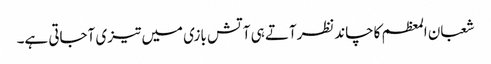
شعبان المعظم کاچاندنظرآتے ہی آتش بازی میں تیزی آجاتی ہے۔